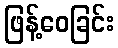
ဖြန့်ဝေခြင်း